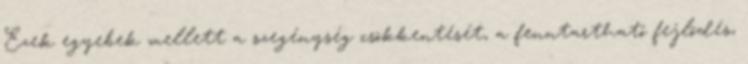
Ezek egyebek mellett a szegénység csökkentését, a fenntartható fejlõdés,